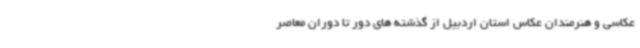
عکاسی و هنرمندان عکاس استان اردبیل از گذشته های دور تا دوران معاصر